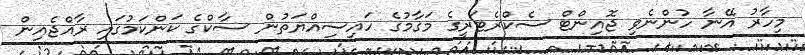
މިހާރު އޭނާ ހުންނެވި ޖޮއިންޓް ސެކްރެޓަރީގެ މަގާމުގެ ހައިސިއްޔަތުން ސާކްގެ ކަންކަމުގައި ރާއްޖެއިން